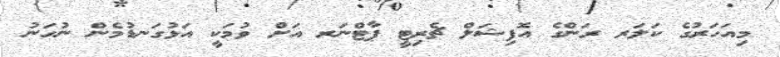
މިއަހަރުގެ ކަލަރ ރަންގެ އޮފިޝަލް ޗެރިޓީ ޕާޓްނަރ އަށް ވުމަކީ އަޅުގަނޑުމެން ނުހަނު